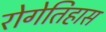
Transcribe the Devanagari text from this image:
रोगेतिहास